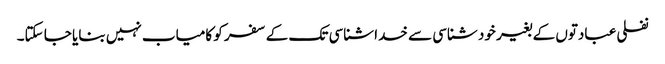
نفلی عبادتوں کے بغیر خود شناسی سے خدا شناسی تک کے سفر کو کامیاب نہیں بنایا جا سکتا۔